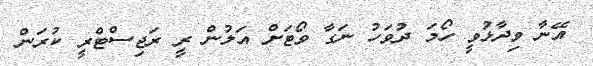
އޭނާ ވިދާޅުވީ ހޯމަ ދުވަހު ނަގާ ވޯޓަށް އަލުން ރީ ރަޖިސްޓްރީ ކުރަން